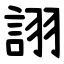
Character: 詡